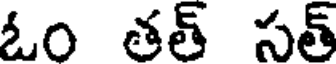
ఓం తత్ సత్